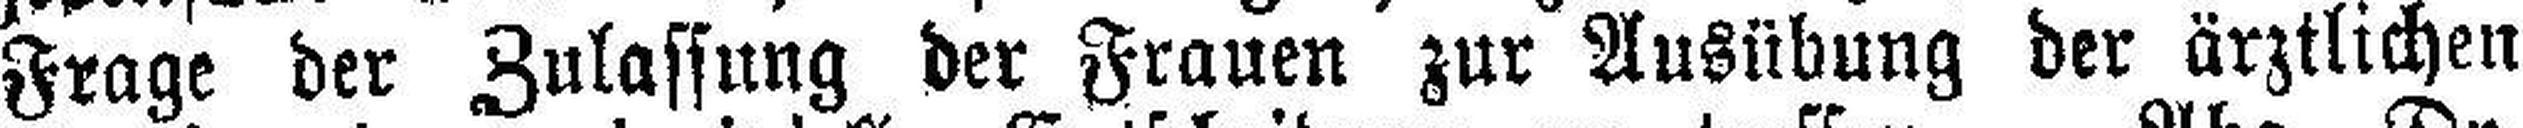
Frage der Zulassung der Frauen zur Ausübung der ärztlichen